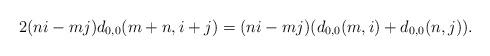
LaTeX: \begin{align*}2(ni-mj)d_{0,0}(m+n,i+j)=(ni-mj)(d_{0,0}(m,i)+d_{0,0}(n,j)).\end{align*}